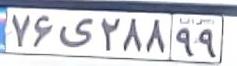
۷۶ی۲۸۸۹۹